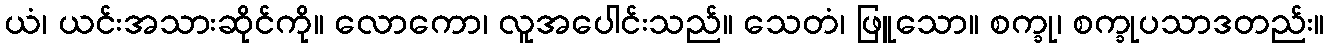
ယံ၊ ယင်းအသားဆိုင်ကို။ လောကော၊ လူအပေါင်းသည်။ သေတံ၊ ဖြူသော။ စက္ခု၊ စက္ခုပသာဒတည်း။